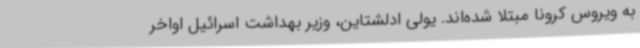
به ویروس کرونا مبتلا شده‌اند. یولی ادلشتاین، وزیر بهداشت اسرائیل اواخر